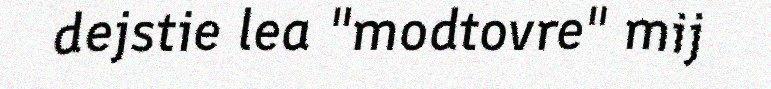
dejstie lea "modtovre" mij